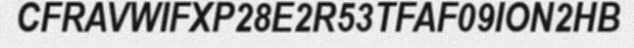
CFRAVWIFXP28E2R53TFAF09ION2HB